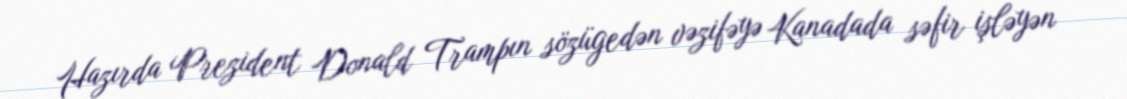
Hazırda Prezident Donald Trampın sözügedən vəzifəyə Kanadada səfir işləyən